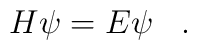
H \psi = E \psi \, \, \, \, \, .